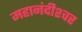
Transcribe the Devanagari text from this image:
महानंदीश्‍वर